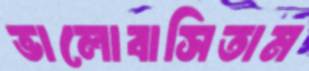
ভালোবাসিতাম